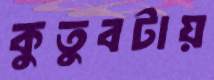
কুতুবটায়